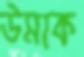
উমাক